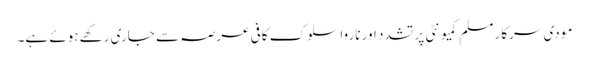
مودی سرکار مسلم کمیونٹی پر تشدد اور ناروا سلوک کافی عرصہ سے جاری رکھے ہوئے ہے۔